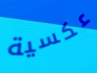
عكسية